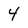
Character: 4